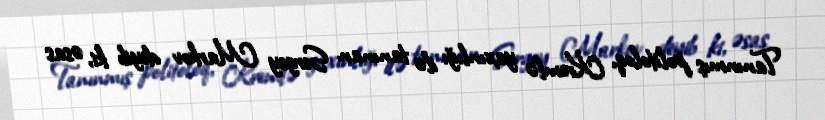
Tanınmış politoloq, Kremlə yaxınlığı ilə tanınan Sergey Markov deyib ki, əsas